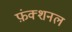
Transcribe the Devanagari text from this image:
फ़ंक्शनल